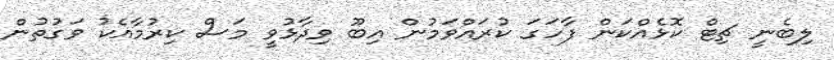
ލިބެނީ ޗިޓް ކޮޅެއްކަން ފާހަގަ ކުރައްވަމުން އިބޫ ވިދާޅުވީ މަސް ކިރުމާއެކު ވަގުތުން